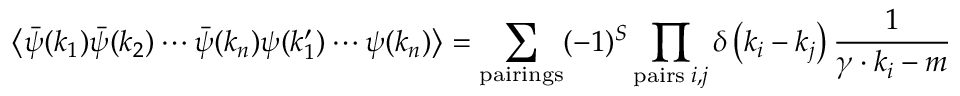
\left\langle { \bar { \psi } } ( k _ { 1 } ) { \bar { \psi } } ( k _ { 2 } ) \cdots { \bar { \psi } } ( k _ { n } ) \psi ( k _ { 1 } ^ { \prime } ) \cdots \psi ( k _ { n } ) \right\rangle = \sum _ { \mathrm { p a i r i n g s } } ( - 1 ) ^ { S } \prod _ { \mathrm { p a i r s } \; i , j } \delta \left( k _ { i } - k _ { j } \right) { \frac { 1 } { \gamma \cdot k _ { i } - m } }